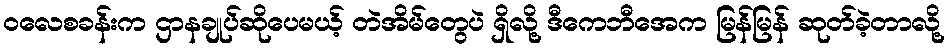
ဝလေစခန်းက ဌာနချုပ်ဆိုပေမယ့် တဲအိမ်တွေပဲ ရှိလို့ ဒီကေဘီအေက မြန်မြန် ဆုတ်ခဲ့တာလို့